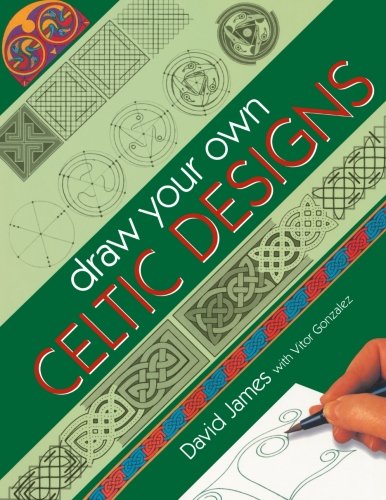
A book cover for Draw Your Own Celtic Designs; David James; Arts & Photography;